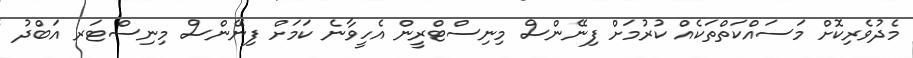
މެދުވެރިކޮށް މަސައްކަތްތަކެއް ކުރުމަށް ފިނޭންސް މިނިސްޓްރީން އެހީވާނެ ކަމަށް ފިނޭންސް މިނިސްޓަރ އަބްދު